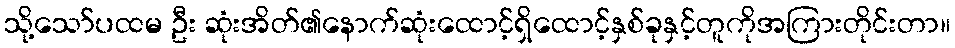
သို့သော်ပထမ ဦး ဆုံးအိတ်၏နောက်ဆုံးထောင့်ရှိထောင့်နှစ်ခုနှင့်တူကိုအကြားတိုင်းတာ။